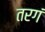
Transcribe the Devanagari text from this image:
तरगं